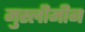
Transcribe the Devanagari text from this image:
मुस्लीमीन